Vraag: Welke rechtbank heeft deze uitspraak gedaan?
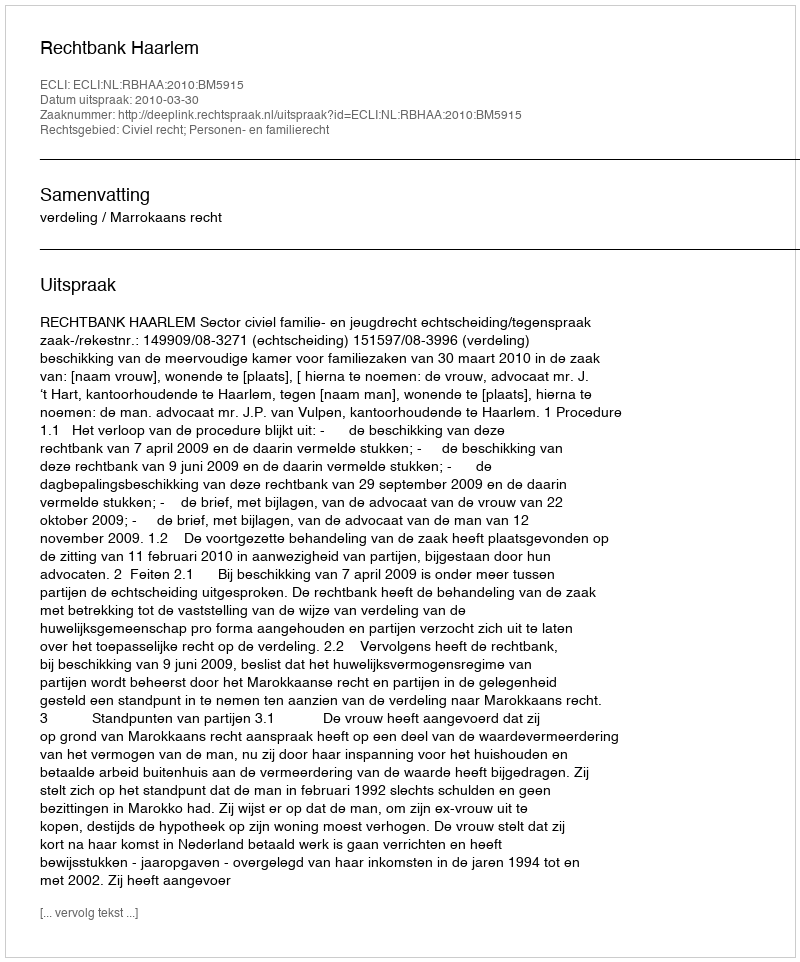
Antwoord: Rechtbank Haarlem